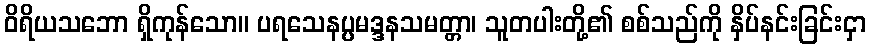
ဝိရိယသဘော ရှိကုန်သော။ ပရသေနပ္ပမဒ္ဒနသမတ္တာ၊ သူတပါးတို့၏ စစ်သည်ကို နှိပ်နင်းခြင်းငှာ